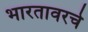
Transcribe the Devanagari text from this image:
भारतावरचे